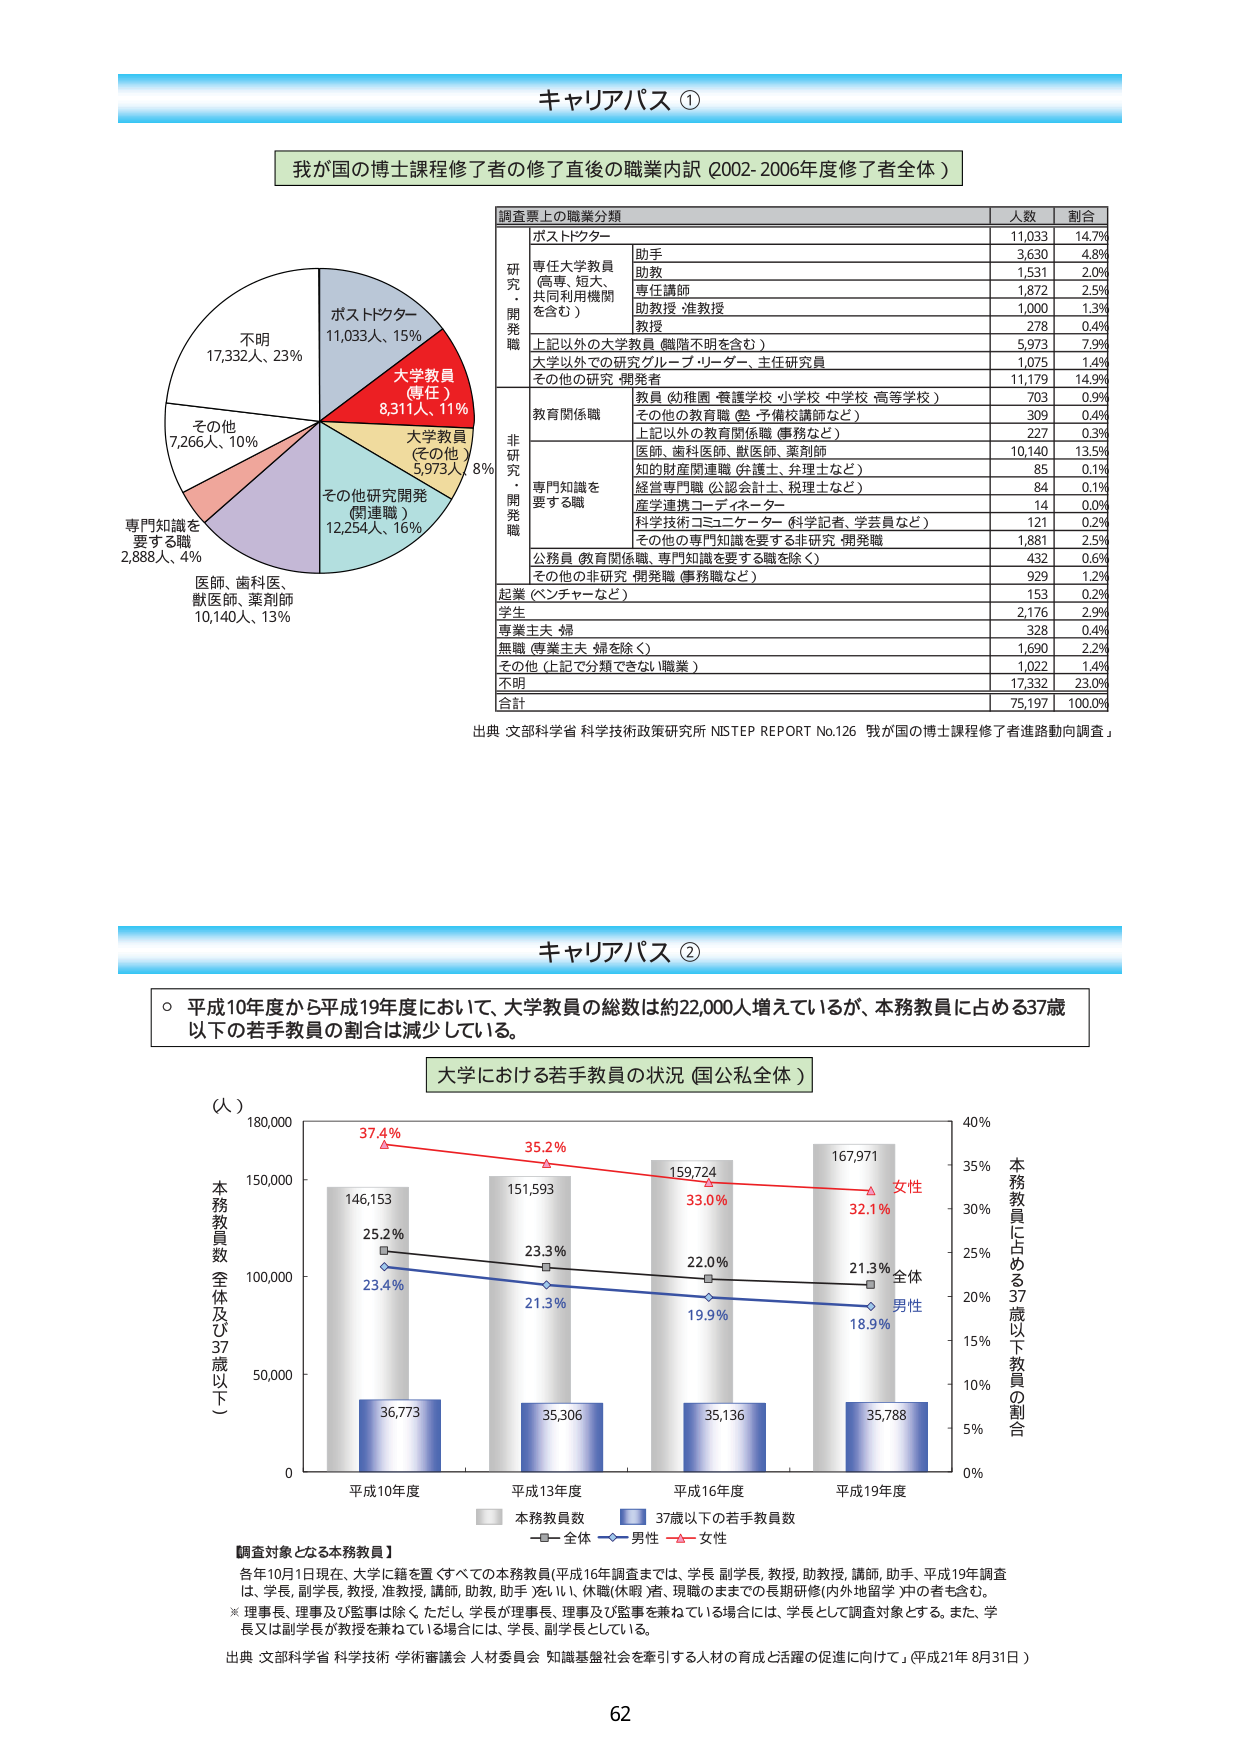
キャリアパス ①

我が国の博士課程修了者の修了直後の職業内訳（2002-2006年度修了者全体）

調査票上の職業分類　人数　割合

研究・開発職
　ポストドクター　11,033　14.7%
　専任大学教員（専門、短大、共同利用機関を含む）
　　助手　3,630　4.8%
　　助教　1,531　2.0%
　　専任講師　1,872　2.5%
　　助教授・准教授　1,000　1.3%
　　教授　278　0.4%
　上記以外の大学教員（職階不明を含む）　5,973　7.9%
　大学以外での研究グループ・リーダー、主任研究員　1,075　1.4%
　その他の研究・開発者　11,179　14.9%

非研究・開発職
　教育関係職
　　教員（幼稚園・養護学校・小学校・中学校・高等学校）　703　0.9%
　　その他の教育職（塾・予備校講師など）　309　0.4%
　　上記以外の教育関係職（事務など）　227　0.3%
　専門知識を要する職
　　医師、歯科医師、獣医師、薬剤師　10,140　13.5%
　　知的財産関連職（弁護士、弁理士など）　85　0.1%
　　経営専門職（公認会計士、税理士など）　84　0.1%
　　産学連携コーディネーター　14　0.0%
　　科学技術コミュニケーター（科学記者、学芸員など）　121　0.2%
　　その他の専門知識を要する非研究・開発職　1,881　2.5%
　公務員（教育関係職、専門知識を要する職を除く）　432　0.6%
　その他の非研究・開発職（事務職など）　929　1.2%

起業（ベンチャーなど）　153　0.2%
学生　2,176　2.9%
専業主夫・主婦　328　0.4%
無職（専業主夫・主婦を除く）　1,690　2.2%
その他（上記で分類できない職業）　1,022　1.4%
不明　17,332　23.0%

合計　75,197　100.0%

出典：文部科学省 科学技術政策研究所 NISTEP REPORT No.126「我が国の博士課程修了者進路動向調査」

---

キャリアパス ②

○ 平成10年度から平成19年度において、大学教員の総数は約22,000人増えているが、本務教員に占める37歳以下の若手教員の割合は減少している。

大学における若手教員の状況（国公私全体）

（人）
本務教員数全体及び37歳以下（）

平成10年度　平成13年度　平成16年度　平成19年度

本務教員数
　146,153　151,593　159,724　167,971

37歳以下の若手教員数
　36,773　35,306　35,136　35,788

全体
　25.2%　23.3%　22.0%　21.3%

男性
　23.4%　21.3%　19.9%　18.9%

女性
　37.4%　35.2%　33.0%　32.1%

本務教員に占める37歳以下教員の割合

調査対象となる本務教員】
各年10月1日現在、大学に籍を置くすべての本務教員（平成16年調査までは、学長・副学長、教授、助教授、講師、助手、平成19年調査は、学長、副学長、教授、准教授、講師、助教、助手）をいい、休職（休暇）者、現職のままでの長期研修（内外地留学）中の者も含む。
※ 理事長、理事及び監事は除く。ただし、学長が理事長、理事及び監事を兼ねている場合には、学長として調査対象とする。また、学長又は副学長が教授を兼ねている場合には、学長、副学長としている。

出典：文部科学省 科学技術・学術審議会 人材委員会「知識基盤社会を牽引する人材の育成と活躍の促進に向けて」（平成21年8月31日）

62